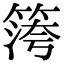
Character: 𥱀